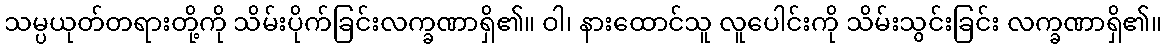
သမ္ပယုတ်တရားတို့ကို သိမ်းပိုက်ခြင်းလက္ခဏာရှိ၏။ ဝါ၊ နားထောင်သူ လူပေါင်းကို သိမ်းသွင်းခြင်း လက္ခဏာရှိ၏။